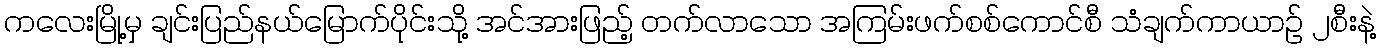
ကလေးမြို့မှ ချင်းပြည်နယ်မြောက်ပိုင်းသို့ အင်အားဖြည့် တက်လာသော အကြမ်းဖက်စစ်ကောင်စီ သံချက်ကာယာဉ် ၂စီးနဲ့